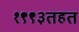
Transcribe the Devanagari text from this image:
१९९३तहत